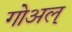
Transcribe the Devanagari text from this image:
गोअल्